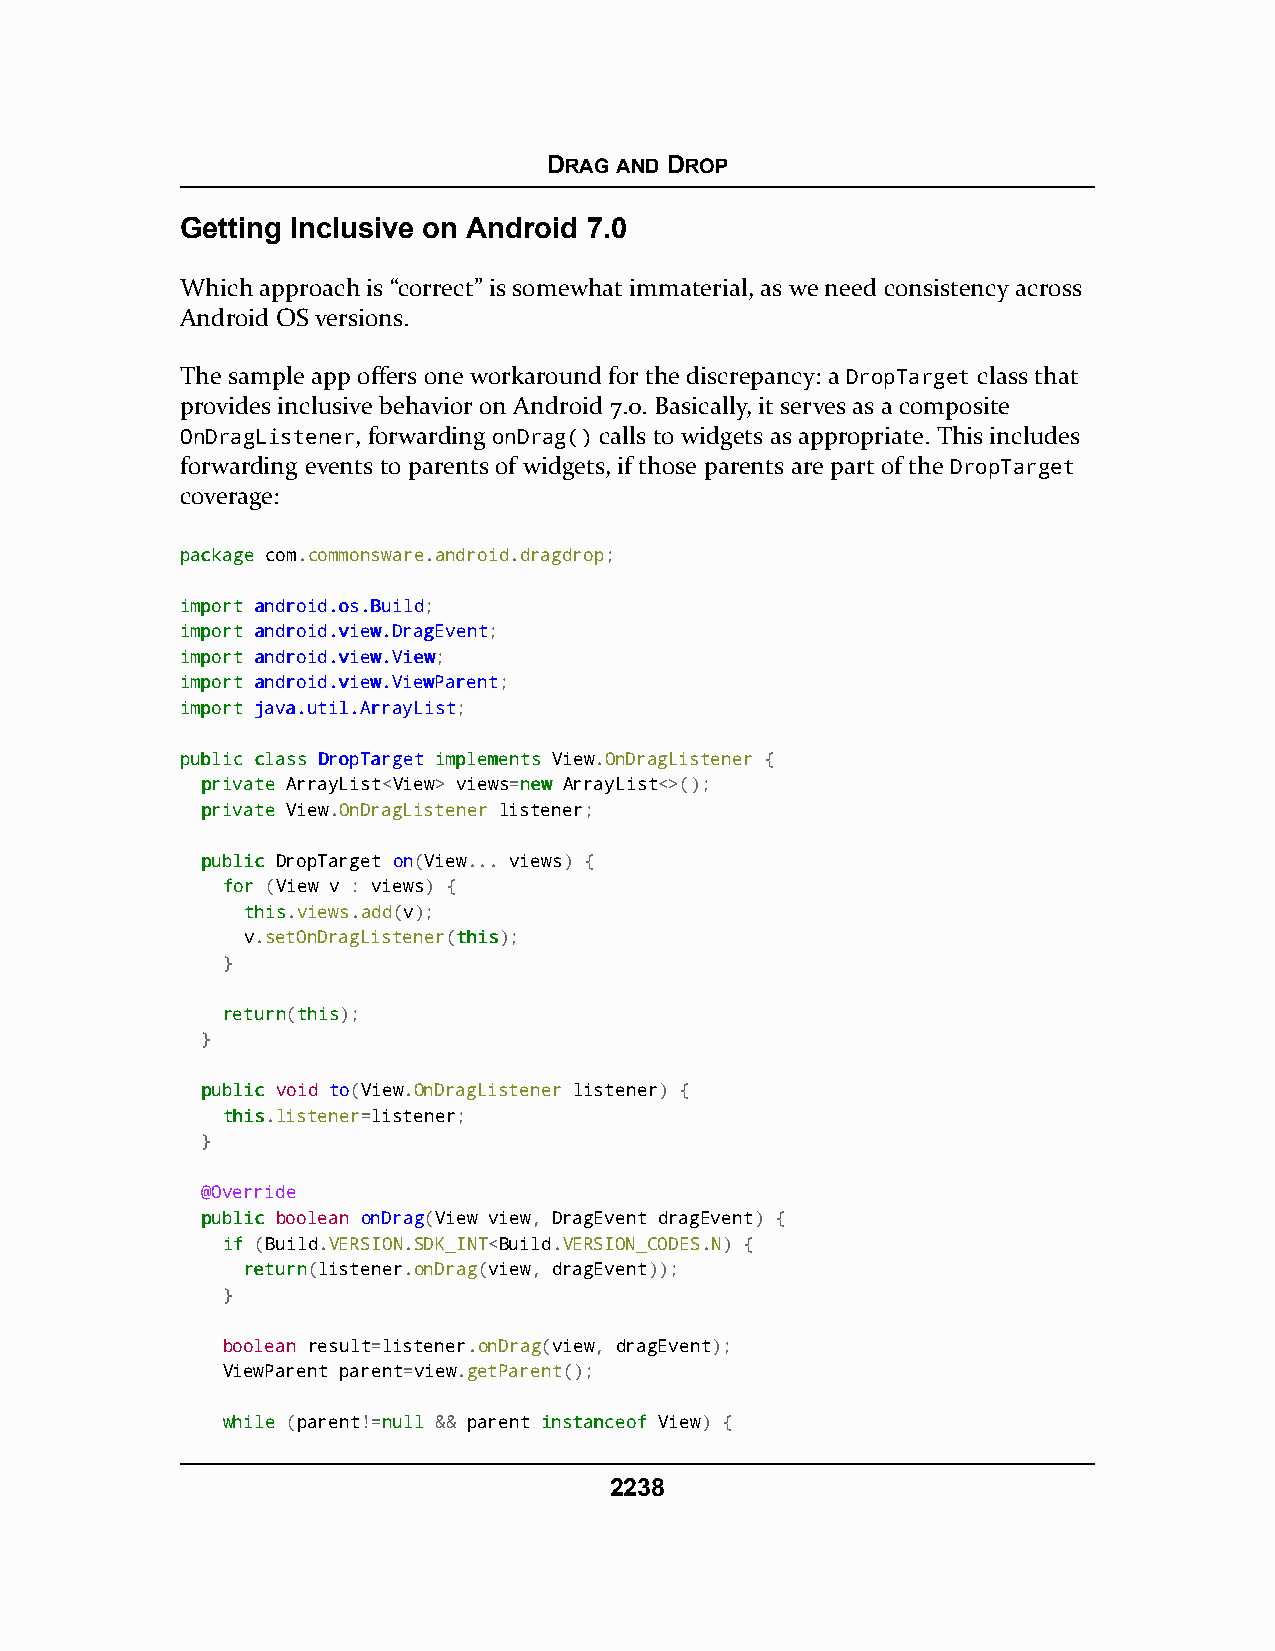
DRAG AND DROP
 Getting Inclusive on Android 7.0
 Which approach is “correct” is somewhat immaterial, as we need consistency across
 Android OS versions.
 The sample app offers one workaround for the discrepancy: a DropTarget class that
 provides inclusive behavior on Android 7.0. Basically, it serves as a composite
 OnDragListener, forwarding onDrag() calls to widgets as appropriate. This includes
 forwarding events to parents of widgets, if those parents are part of the DropTarget
 coverage:
 ppaacckkaaggee com.commonsware.android.dragdrop;
 iimmppoorrtt aannddrrooiidd..ooss..BBuuiilldd;
 iimmppoorrtt aannddrrooiidd..vviieeww..DDrraaggEEvveenntt;
 iimmppoorrtt aannddrrooiidd..vviieeww..VViieeww;
 iimmppoorrtt aannddrrooiidd..vviieeww..VViieewwPPaarreenntt;
 iimmppoorrtt jjaavvaa..uuttiill..AArrrraayyLLiisstt;
 ppuubblliicc ccllaassss DDrrooppTTaarrggeett iimmpplleemmeennttss View.OnDragListener {
 pprriivvaattee ArrayList<View> views=nneeww ArrayList<>();
 pprriivvaattee View.OnDragListener listener;
 ppuubblliicc DropTarget on(View... views) {
 ffoorr (View v : views) {
 tthhiiss.views.add(v);
 v.setOnDragListener(tthhiiss);
 }
 rreettuurrnn(tthhiiss);
 }
 ppuubblliicc void to(View.OnDragListener listener) {
 tthhiiss.listener=listener;
 }
 @Override
 ppuubblliicc boolean onDrag(View view, DragEvent dragEvent) {
 iiff (Build.VERSION.SDK_INT<Build.VERSION_CODES.N) {
 rreettuurrnn(listener.onDrag(view, dragEvent));
 }
 boolean result=listener.onDrag(view, dragEvent);
 ViewParent parent=view.getParent();
 wwhhiillee (parent!=nnuullll && parent iinnssttaanncceeooff View) {
 2238